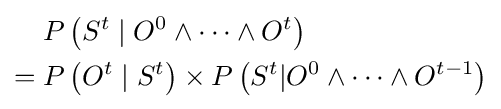
{\begin{aligned}&P\left(S^{t}\mid O^{0}\wedge \cdots \wedge O^{t}\right)\\={}&P\left(O^{t}\mid S^{t}\right)\times P\left(S^{t}|O^{0}\wedge \cdots \wedge O^{t-1}\right)\end{aligned}}